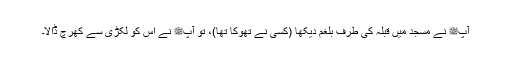
آپﷺ نے مسجد میں قبلہ کی طرف بلغم دیکھا (کسی نے تھوکا تھا)، تو آپﷺ نے اس کو لکڑی سے کھرچ ڈالا۔